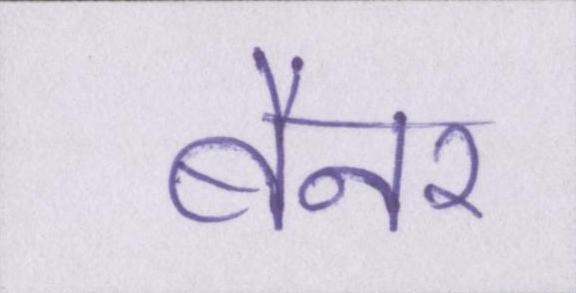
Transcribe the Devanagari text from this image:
बैनर